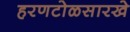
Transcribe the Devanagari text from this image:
हरणटोळसारखे